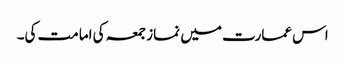
اس عمارت میں نماز جمعہ کی امامت کی۔